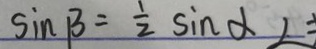
\sin \beta = \frac { 1 } { 2 } \sin \alpha \angle